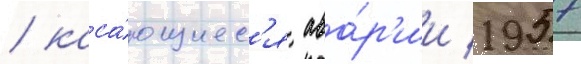
/ каса́ющиес'я ава́р'ии 1957